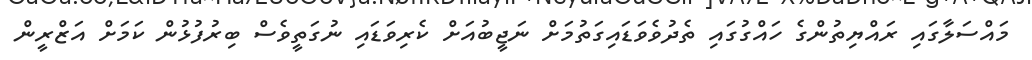
މައްސަލާގައި ރައްޔިތުންގެ ހައްގުގައި ތެދުވެވަޑައިގަތުމަށް ނަޖީބުއަށް ކެރިވަޑައި ނުގަތީވެސް ބިރުފުޅުން ކަމަށް އަޒްރީން